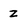
Character: z